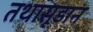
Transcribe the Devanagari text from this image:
तथासूडान